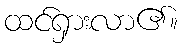
ထင်ရှားလာ၏။